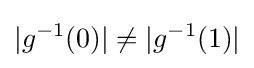
|g^{-1}(0)|\neq |g^{-1}(1)|